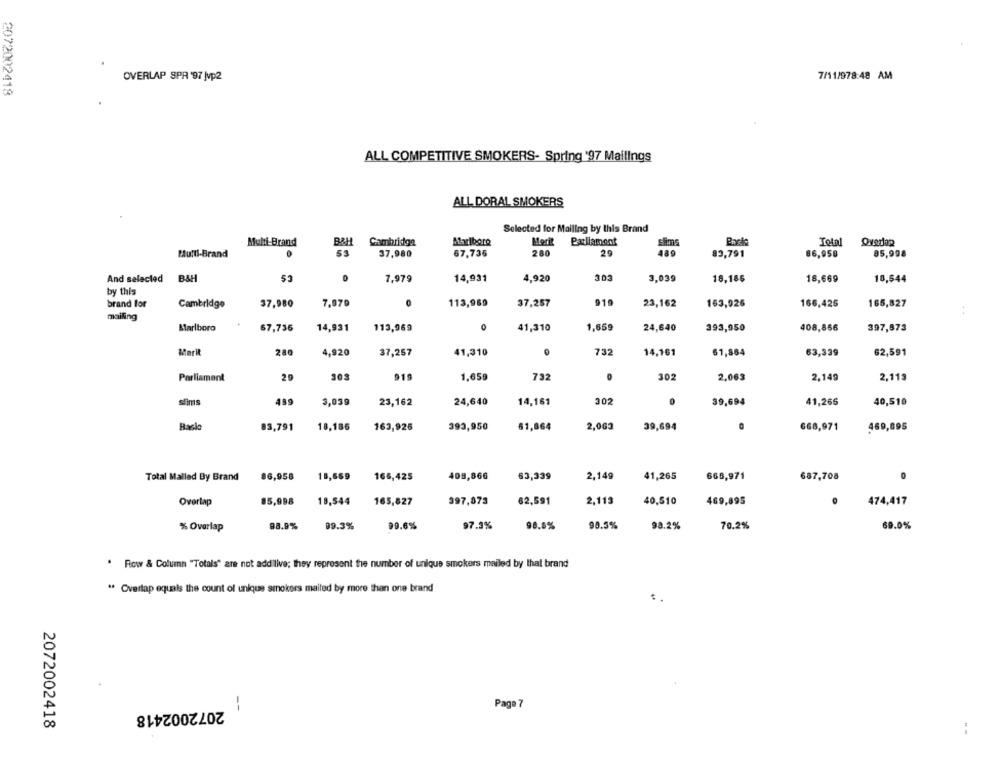
OVERLAP SPR '97 Mvp2
7/11/978:48 AM
2072002418
ALL COMPETITIVE SMOKERS- Spring '97 Mailings
ALL DORAL SMOKERS
Selected for Mailing by this Brand
Multi Brand
B&H
Cambridge
Marlboro
Merit
Parliament
Total
Overlap
67,735
Multi-Brand
0
53
37,980
280
29
489
83,791
86,958
85,998
And selected B&H
53
7,979
14,931
4,920
303
3.039
18,186
18,669
18,544
by this
brand for
Cambridge
37,980
7.979
113,969
37,257
910
23,162
163,926
166,425
165,827
mailing
Marlboro
67,736
14,931
113,969
0
41,310
1,659
24,640
393,950
408,866
397,873
Marit
0
14,161
280
4,920
37,257
41,310
732
61,864
63,339
62,591
Parliament
20
303
919
1,65g
732
302
2,063
2,149
2,119
sims
489
3,039
23,162
24,640
14,161
302
0
39,694
41,265
40,510
Baclo
83,791
18,185
163,925
393,950
61,864
2,063
668,971
469,895
39,694
Total Mallad By Brand
86,958
18,669
165,425
408,866
63,339
2,14g
41,265
668,971
687,708
Overlap
85,998
18,544
165,827
397,873
62,591
2,113
40,510
469,895
474,417
98.9%
09.3%
99.6%
97.3%
98.8%
98.3%
98.2%
70.2%
69.0%
% Overlap
. Row & Column "Totals" are not addilive; they represent the number of unique smokers mailed by that brand
" Overlap equals the count of unique smokers mailed by more than one brand
2072002418
--
Page 7
2072002418